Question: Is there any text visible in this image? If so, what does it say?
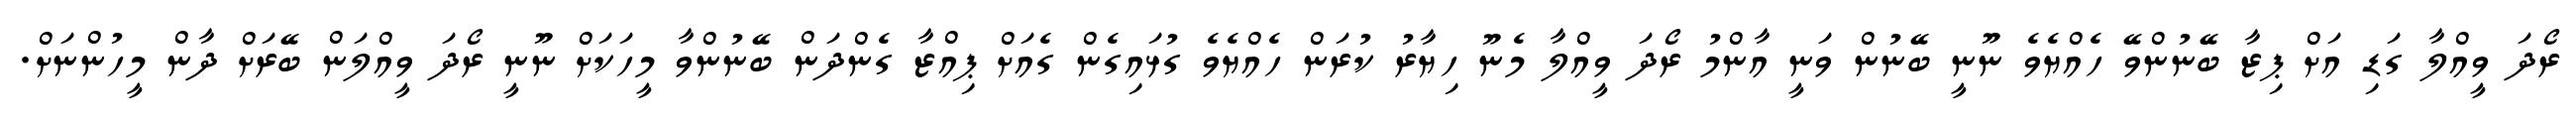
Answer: ރޯދަ ވީއްލާ ގަޑި އަށް ޕިޒާ ބޭނުންވޭ ހެއްޔެވެ ނޫނީ ބޭނުން ވަނީ އާންމު ރޯދަ ވީއްލާ މެނޫ ހިޔާރު ކުރަން ހެއްޔެވެ ގުޅައިގެން ގެއަށް ޕިއްޒާ ގެންދަން ބޭނުންވާ މީހަކަށް ނޫނީ ރޯދަ ވީއްލަން ބޭރަށް ދާން މީހުންނަށް.